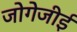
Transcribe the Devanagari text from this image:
जोगेजीई